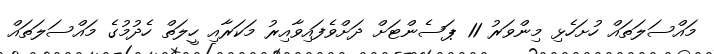
މައްސަލަތައް ހުށަހެޅި މިންވަރު 11 ޕަސެންޓަށް ދަށްވެފައިވާއިރު މަކަރާއި ހީލަތް ހެދުމުގެ މައްސަލަތައް